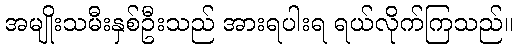
အမျိုးသမီးနှစ်ဦးသည် အားရပါးရ ရယ်လိုက်ကြသည်။